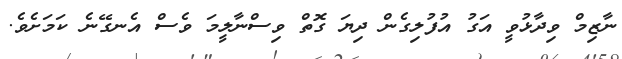
ނާޒިމް ވިދާޅުވީ އަގު އުފުލިގެން ދިޔަ ގޮތް ވިސްނާލީމަ ވެސް އެނގޭނެ ކަމަށެވެ.